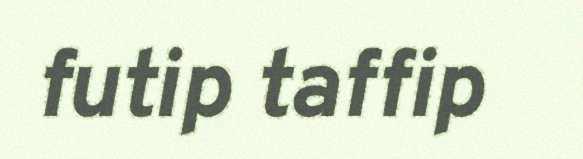
futip taffip